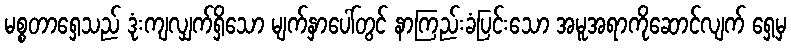
မစ္စတာရှေသည် ဒုံးကျလျှက်ရှိသော မျက်နှာပေါ်တွင် နာကြည်းခံပြင်းသော အမူအရာကိုဆောင်လျက် ရှေ့မှ